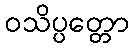
ဝသိပ္ပတ္တော